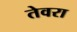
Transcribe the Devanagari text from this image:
तेवरा